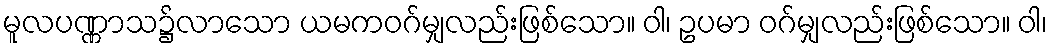
မူလပဏ္ဏာသ၌လာသော ယမကဝဂ်မျှလည်းဖြစ်သော။ ဝါ၊ ဥပမာ ဝဂ်မျှလည်းဖြစ်သော။ ဝါ၊